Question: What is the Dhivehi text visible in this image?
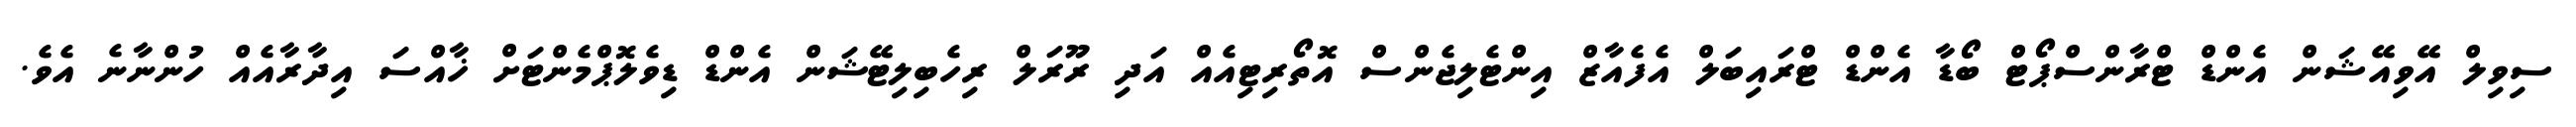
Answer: ސިވިލް އޭވިއޭޝަން އެންޑް ޓްރާންސްޕޯޓް ބޯޑާ އެންޑް ޓްރައިބަލް އެފެއާޒް އިންޓެލިޖެންސް އޮތޯރިޓިއެއް އަދި ރޫރަލް ރިހެބިލިޓޭޝަން އެންޑް ޑިވެލޮޕްމެންޓަށް ޚާއްސަ އިދާރާއެއް ހުންނާނެ އެވެ.